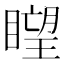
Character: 𥊛